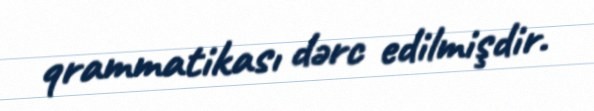
qrammatikası dərc edilmişdir.